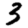
Digit: 3